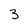
Character: 3